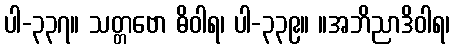
ပါ-၃၃၇။ သတ္တဗော ဓိဝါရ၊ ပါ-၃၃၉။ ။အဘိညာဒိဝါရ၊